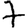
Digit: 7